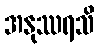
အနုဿရသိ